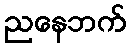
ညနေဘက်